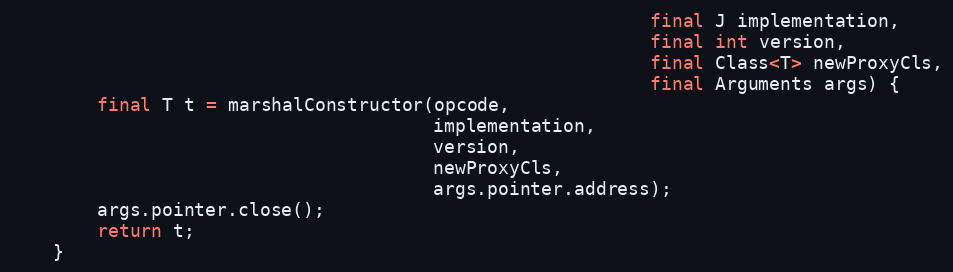
Language: Java
                                                           final J implementation,
                                                           final int version,
                                                           final Class<T> newProxyCls,
                                                           final Arguments args) {
        final T t = marshalConstructor(opcode,
                                       implementation,
                                       version,
                                       newProxyCls,
                                       args.pointer.address);
        args.pointer.close();
        return t;
    }